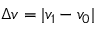
\Delta { v } = | v _ { 1 } - v _ { 0 } |